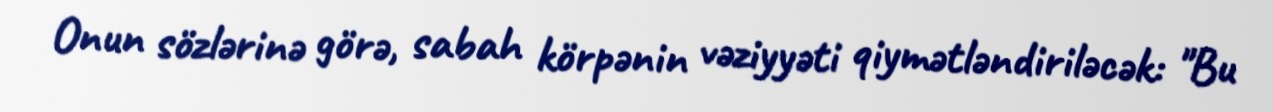
Onun sözlərinə görə, sabah körpənin vəziyyəti qiymətləndiriləcək: "Bu